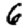
Digit: 6